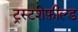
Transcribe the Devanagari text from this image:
ट्रस्टशेफ़ील्ड